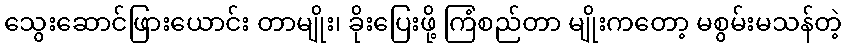
သွေးဆောင်ဖြားယောင်း တာမျိုး၊ ခိုးပြေးဖို့ ကြံစည်တာ မျိုးကတော့ မစွမ်းမသန်တဲ့